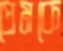
প্রেমকে